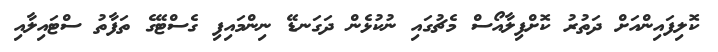
ކޮލިފައިންއަށް ދަތުރު ކޮށްފިލާއޯސް މެޗުގައި ނުކުޅެން ދަގަނޑޭ ނިންމައިފި ގެސްޓޭގެ ތަފާތު ސްޓައިލާއި